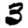
Digit: 3